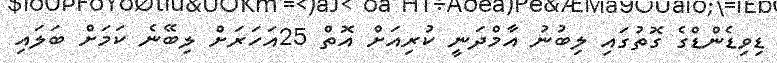
ޑިވިޑެންޑްގެ ގޮތުގައި ލިބުނު އާމްދަނީ ކުރިއަށް އޮތް 25އަހަރަށް ލިބޭނެ ކަމަށް ބަލައި